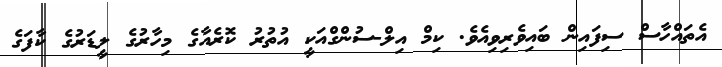
އެތައްހާސް ސިފައިން ބައިވެރިވިއެވެ. ކިމް އިލް-ސުންގްއަކީ އުތުރު ކޮރެއާގެ މިހާރުގެ ލީޑަރުގެ ކާފަގެ